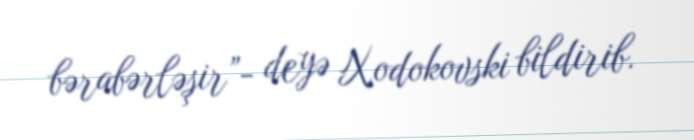
bərabərləşir”- deyə Xodokovski bildirib.